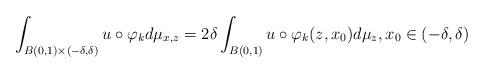
LaTeX: \begin{align*}\int_{B(0, 1)\times (-\delta, \delta)} u\circ \varphi_k d\mu_{x, z}=2\delta \int_{B(0, 1)} u\circ \varphi_k(z, x_0) d\mu_z, x_0\in (-\delta, \delta)\end{align*}